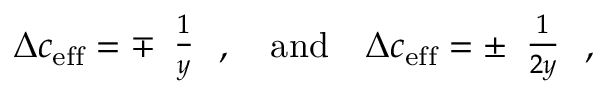
\Delta c _ { \mathrm { { e f f } } } = \mp \begin{array} { c } { { \frac { 1 } { y } } } \end{array} \, , \quad \mathrm { a n d } \quad \Delta c _ { \mathrm { { e f f } } } = \pm \begin{array} { c } { { \frac { 1 } { 2 y } } } \end{array} \, ,